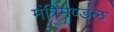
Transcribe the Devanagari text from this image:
मंत्रिमण्‍डल